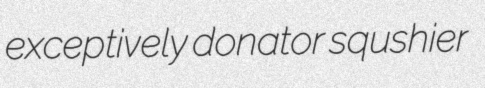
exceptively donator squshier